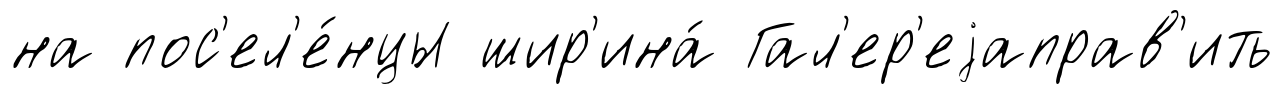
на пос'ел'е́нцы шир'ина́ Гал'ер'еjаправ'ить